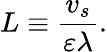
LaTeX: L\equiv\frac{v_{s}}{\varepsilon\lambda}.